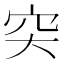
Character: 𥤮